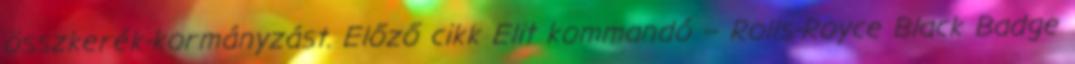
összkerék-kormányzást. Előző cikk Elit kommandó – Rolls-Royce Black Badge